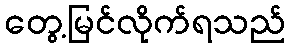
တွေ့မြင်လိုက်ရသည်